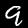
Label: 9